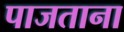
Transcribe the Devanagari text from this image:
पाजताना